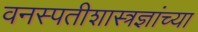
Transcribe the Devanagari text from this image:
वनस्पतीशास्त्रज्ञांच्या